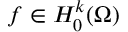
f \in H _ { 0 } ^ { k } ( \Omega )